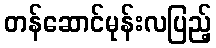
တန်ဆောင်မုန်းလပြည့်